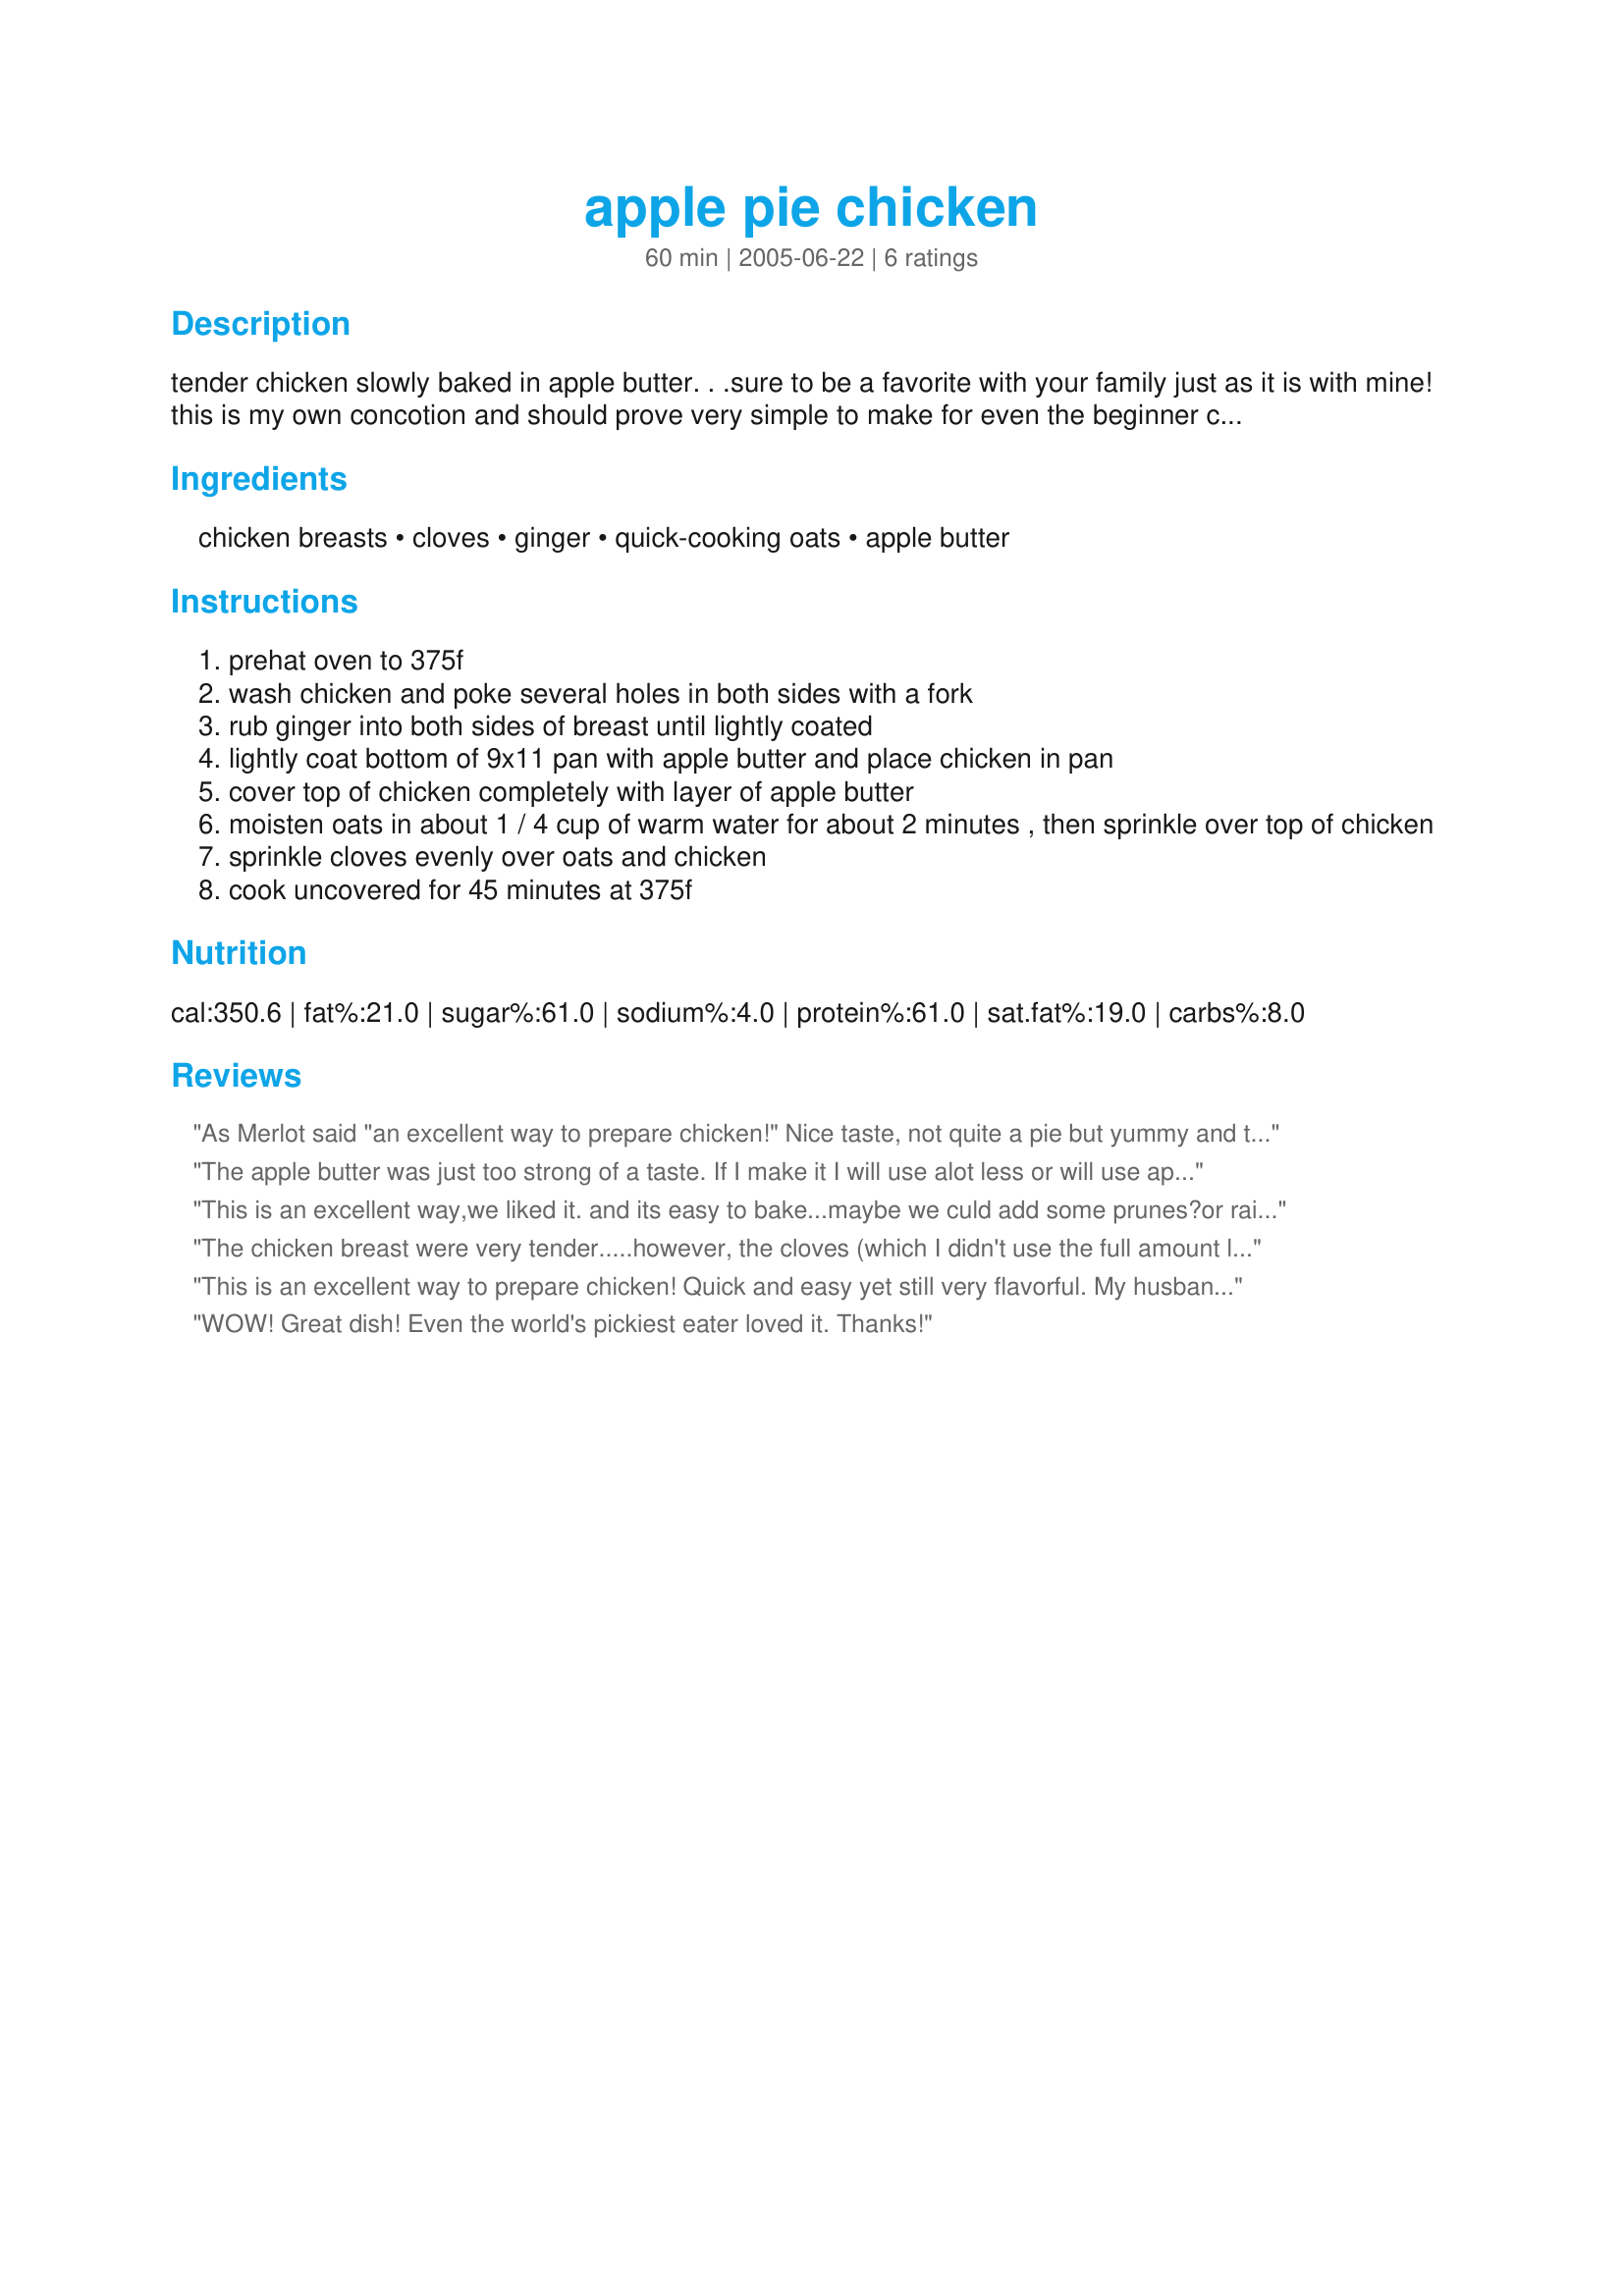
apple pie chicken
Preparation time: 60 minutes

tender chicken slowly baked in apple butter. . .sure to be a favorite with your family just as it is with mine! this is my own concotion and should prove very simple to make for even the beginner cook. you just may already have all of the ingredients in your home! just be sure that the chicken breasts are not too thick (more than 1 1/2 inches) or you may need to increase cooking time.

Ingredients:
chicken breasts, cloves, ginger, quick-cooking oats, apple butter

Steps:
prehat oven to 375f
wash chicken and poke several holes in both sides with a fork
rub ginger into both sides of breast until lightly coated
lightly coat bottom of 9x11 pan with apple butter and place chicken in pan
cover top of chicken completely with layer of apple butter
moisten oats in about 1 / 4 cup of warm water for about 2 minutes , then sprinkle over top of chicken
sprinkle cloves evenly over oats and chicken
cook uncovered for 45 minutes at 375f

Reviews:
As Merlot said "an excellent way to prepare chicken!" Nice taste, not quite a pie but yummy and the apple gave it an extra something. Will be making again, thanks
The apple butter was just too strong of a taste. If I make it I will use alot less or will use apple pie filling instead. This was not liked by my family of 4 (3 years, 1 year and two adults).
This is an excellent way,we liked it. and its easy to bake...maybe we culd add some prunes?or raisin? Tnak you.
The chicken breast were very tender.....however, the cloves (which I didn't use the full amount listed) was too much for our family's tastes. I *might* try this again and not use any cloves....but haven't decided if I'm that brave yet!
This is an excellent way to prepare chicken! Quick and easy yet still very flavorful. My husband insists that I make this again. Thanks so much, Babushka!

WOW! Great dish! Even the world's pickiest eater loved it.

Thanks!
